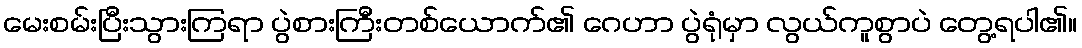
မေးစမ်းပြီးသွားကြရာ ပွဲစားကြီးတစ်ယောက်၏ ဂေဟာ ပွဲရုံမှာ လွယ်ကူစွာပဲ တွေ့ရပါ၏။